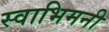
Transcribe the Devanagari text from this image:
स्वाभिमनी